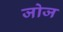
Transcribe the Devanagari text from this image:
जोज